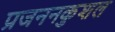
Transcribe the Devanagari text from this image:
प्रजननकुशल